Civil Veterinary Department. United Provinces 1932-42 - 1932-1942
Year: 1932
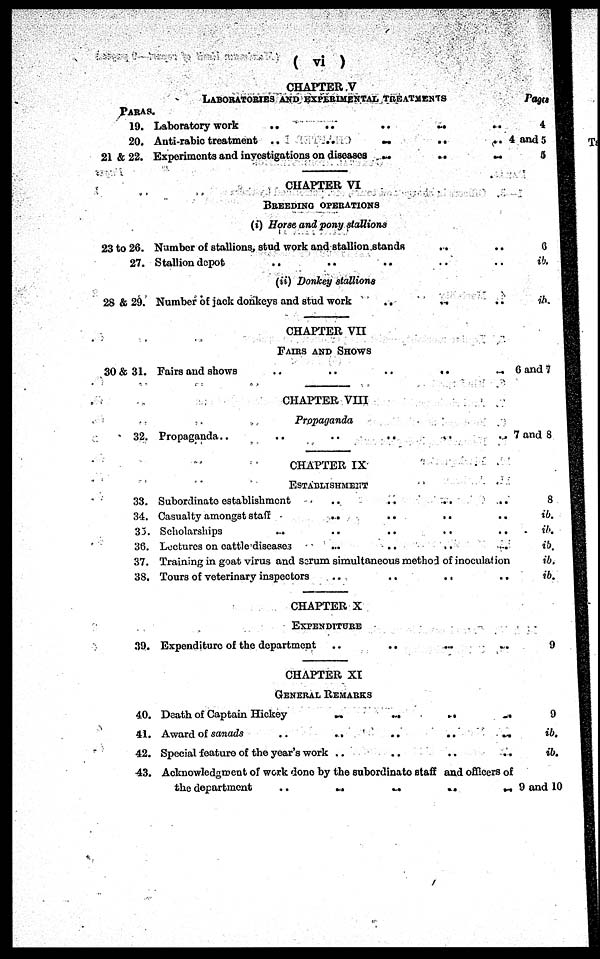
( vi )
CHAPTER .V
PARAS.
19.
20.
21 & 22.
23 to 26.
27.
28 & 29.
30 & 31.
32.
33.
34.
33.
36.
37.
38.
39.
40.
41.
42.
43.
LABORATORIES
AND
EXPERIMENTAL
TRETMENTS
Laboratory work
..
..
..
..
Auti-rabic treatment ..
..
..
..
..
Experiments and investigations on diseases
..
..
..
CHAPTER VI
BREEDING
OPERATIONS
(i) Horse and pony stallions
Number of stallions, stud work and stallion stands
..
..
Stallion depot
..
..
(ii) Donkey stallions
Number of iack donkeys and stud work
..
..
CHAPTER VII
FAIRS AND SHOWS
Fairs and shows
..
..
..
..
..
CHAPTER VIII
Propaganda
Propaganda..
..
..
..
..
CHAFIER IX
ESTABLISHMENT
Subordinate establishment .. .. .. ..
Casualty amongst staff
..
..
..
Scholarships .. .. .. ..
Lectures on cattle
discases
..
..
..
..
Training in goat virus and serum simultaneous method of inoculation
Tours of veterinary inspectors
..
..
..
CHAPTER X
EXPENDITURE
Expenditure of the department
..
..
CHAPTER XI
GENERAL
REMARKS
Death of Captain Hickey
..
..
Award of sanads
..
..
..
..
Special feature of the year's work ..
..
..
Acknowledgment of work done by the subordinate staff and officers of
the department
..
..
..
..
..
Pages
4
4 and 5
5
0
ib.
ib.
6 and 7
7 and 8
8
ib.
ib.
ib.
ib.
ib.
9
9
ib.
ib.
9 and 10